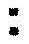
: